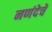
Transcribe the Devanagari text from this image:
नणंदेचें